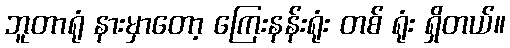
ဘူတာရုံ နားမှာတော့ ကြေးနန်းရုံး တစ် ရုံး ရှိတယ်။